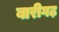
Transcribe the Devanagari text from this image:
बारीगढ़